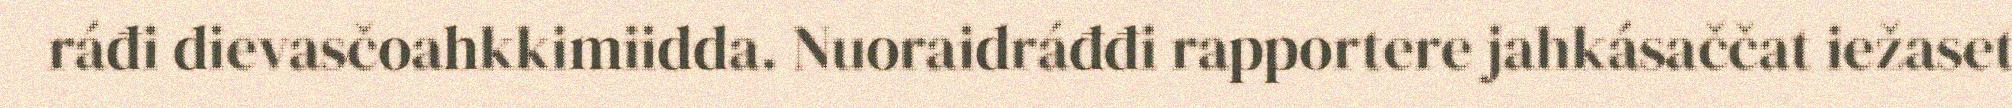
ráđi dievasčoahkkimiidda. Nuoraidráđđi rapportere jahkásaččat iežaset